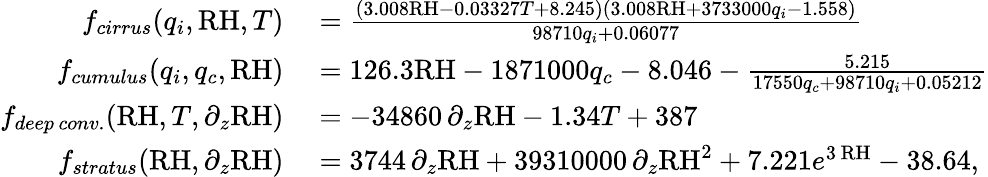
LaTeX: \begin{array}{rl}{f_{cirrus}(q_{i},\mathrm{RH},T)}&{{}=\frac{(3.008\mathrm{RH}-0.03327T+8.245)(3.008\mathrm{RH}+3733000q_{i}-1.558)}{98710q_{i}+0.06077}}\\ {f_{cumulus}(q_{i},q_{c},\mathrm{RH})}&{{}=126.3\mathrm{RH}-1871000q_{c}-8.046-\frac{5.215}{17550q_{c}+98710q_{i}+0.05212}}\\ {f_{deep\, conv.}(\mathrm{RH},T,\partial_{z}\mathrm{RH})}&{{}=-34860\, \partial_{z}\mathrm{RH}-1.34T+387}\\ {f_{stratus}(\mathrm{RH},\partial_{z}\mathrm{RH})}&{{}=3744\, \partial_{z}\mathrm{RH}+39310000\, \partial_{z}\mathrm{RH}^{2}+7.221e^{3\, \mathrm{RH}}-38.64,}\end{array}